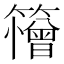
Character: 𮆱